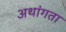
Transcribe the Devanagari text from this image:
अथांगता